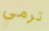
ترمي